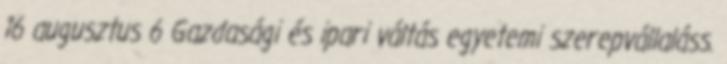
16 augusztus 6 Gazdasági és ipari váltás egyetemi szerepvállaláss.